Vital statistics of India. Vol. IV, Annual returns from 1871 to 1876. British Army of India, Native Army and jails of Bengal
Year: 1871
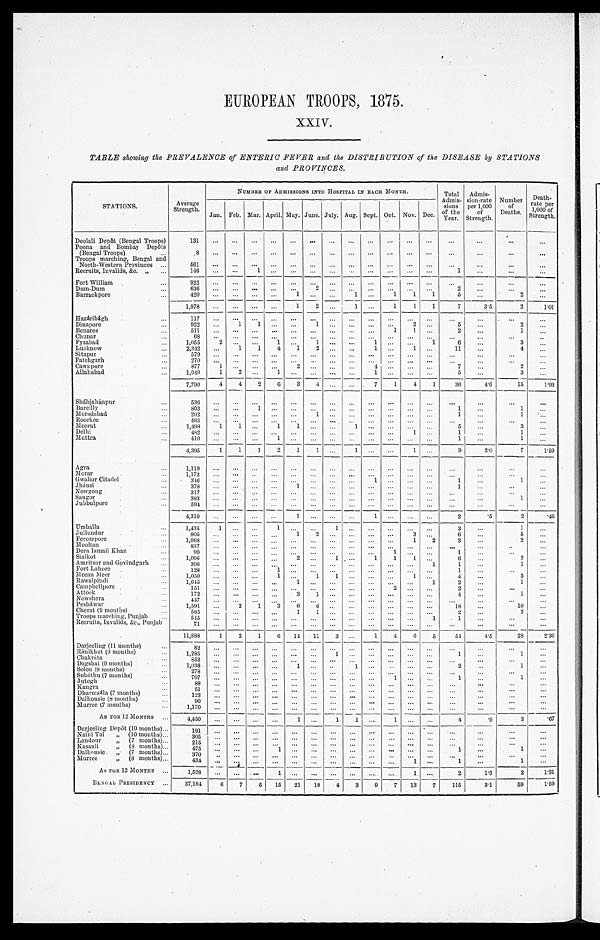
EUROPEAN TROOPS, 1875.
XXIV.
TABLE showing the PREVALENCE of ENTERIC FEVER and the DISTRIBUTION of the DISEASE by STATIONS
and PROVINCES.
STATIONS.
Average
Strength.
NUMBER OF ADMISSIONS INTO HOSPITAL IN EACH MONTH.
Total
Admis- s i o n s
of the
Year.
Admi
s-
sion-rate
per 1,000 of
Strength.
Number of
Deaths.
Death-
rate per
1 , 000 of
Strength.
Jan. Feb. Mar. April. May. June. July. Aug. Sept. Oct. Nov. Dec.
Deolali Depôt (Bengal Troops)
1 3 1
Poona and Bombay Depôts
(Bengal Troops)
8
Troops marching, Bengal and
North-Western Provinces
561
Recruits, Invalids, &c. „
146
1
1
Fort William
922
Dum-Dum
6 3 6
2
2
Barrackpore
4 2 0
1
1
1 1 1
5
2
1,978
1 2
1
1 1 1
7
3.5
2
1 . 0 1
Hazáribágh
1 1 7
Dinapore
9 2 2
1 1
1
2
5
2
Benares
511
1 1
2
1
Chunar
68
Fyzabad
1,055 2
1
1
1
1
6
3
Lucknow
2,342
1 1 4 1 2
1
1
11
4
Sitapur
579
Fatehgarh
2 7 0
Cawnpore
877
1
2
4
7
2
Allahabad
1,049 1
2
1
1
5
3
7,790 4 4 2 6 3 4
7 1 4 1 36
4.6
15
1 . 9 3
Sháhjahánpur
536
Bareilly
803
1
1
1
Moradabad
202
1
1
1
Roorkee
463
Meerut
1,498 1 1
1 1
1
5
3
Delhi
4 8 2
1
1
1
Muttra
410
1
1
1
4,395 1 1 1 2 1 1
1
1
9
2.0
7 1.59
Agra
1 , 1 1 9
Morar
1,173
Gwalior Citadel
3 4 6
1
1
1
Jhánsi
378
1
1
Nowgong
317
Saugor
383
1
Jubbulpore
594
4 , 3 1 0
1
1
2
.5
2
.46
Umballa
1,435 1
1
1
3
1
Jullundur
805
1
2
3
6
5
Ferozepore
1 , 0 6 8
1 2
3
2
Mooltan
8 3 7
Dera Ismail Khan
99
1
1
Sialkot
1,096
2
1
1 1 1
6
2
Amritsar and Govindgarh
306
1
1
1
Fort Lahore
128
1
1
Meean Meer
1,050
1
1 1
1
4
3
Rawalpindi
1,645
1
1
2
1
Campbellpore
151
2
2
Attock
1 7 2
3 1
4
1
Nowshera
4 4 7
Pesháwar
1,591
2 1 3 6 6
18
10
Cherat (9 months)
5 8 5
1 1
2
2
Troops marching, Punjab
545
1
1
Recruits, Invalids, &c., Punjab
71
11,888 1 2 1 6 14 11 3
1 4 6 5 54
4.5
28 2.36
Darjeeling (11 months)
8 2
Ránikhet (9 months)
1 , 2 8 5
1
1
1
Chakráta
852
Dagshai (9 months)
1,036
1
1
2
1
Solon (8 months)
278
Subáthu (7 months)
7 0 7
1
1
1
Jutogh
88
Kangra
51
Dharmsála (7 months)
123
Dalhousie (8 months)
90
Murree (7 months)
1,170
AS FOR 12 MONTHS 4,450
1
1 1 1
4
. 9
3
. 6 7
Darjeeling Depôt (10 months)
191
Naini Tal „ (10 months)
305
Landour „ (7 months)
215
Kasauli „ (8 months)
4 7 5
1
1
1
Dalhousie „ (7 months)
370
Murree „ (8 months)
434
1
1
1
AS FOR 12 MONTHS
1,528
1
1
2
1.3
2 1.31
BENGAL PRESIDENCY 37,184 6 7
5 15 21 18 4 3 9 7 13 7 115
3.1
59
1.59